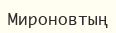
Мироновтың